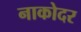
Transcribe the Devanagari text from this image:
नाकोदर